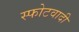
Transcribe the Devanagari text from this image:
स्फोटवादी